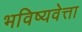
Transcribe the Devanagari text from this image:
भविष्यवेत्ता